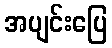
အပျင်းပြေ